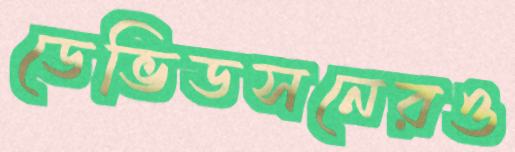
ডেভিডসনেরও